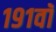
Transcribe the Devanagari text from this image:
१९१वॉ